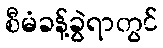
စီမံခန့်ခွဲရာတွင်